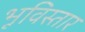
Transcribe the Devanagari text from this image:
भूविस्तार